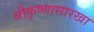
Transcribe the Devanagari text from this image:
श्रीकृष्णासारखा